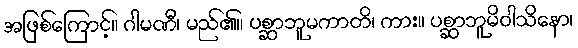
အဖြစ်ကြောင့်။ ဂါမဏီ၊ မည်၏။ ပစ္ဆာဘူမကာတိ၊ ကား။ ပစ္ဆာဘူမိဝါသိနော၊